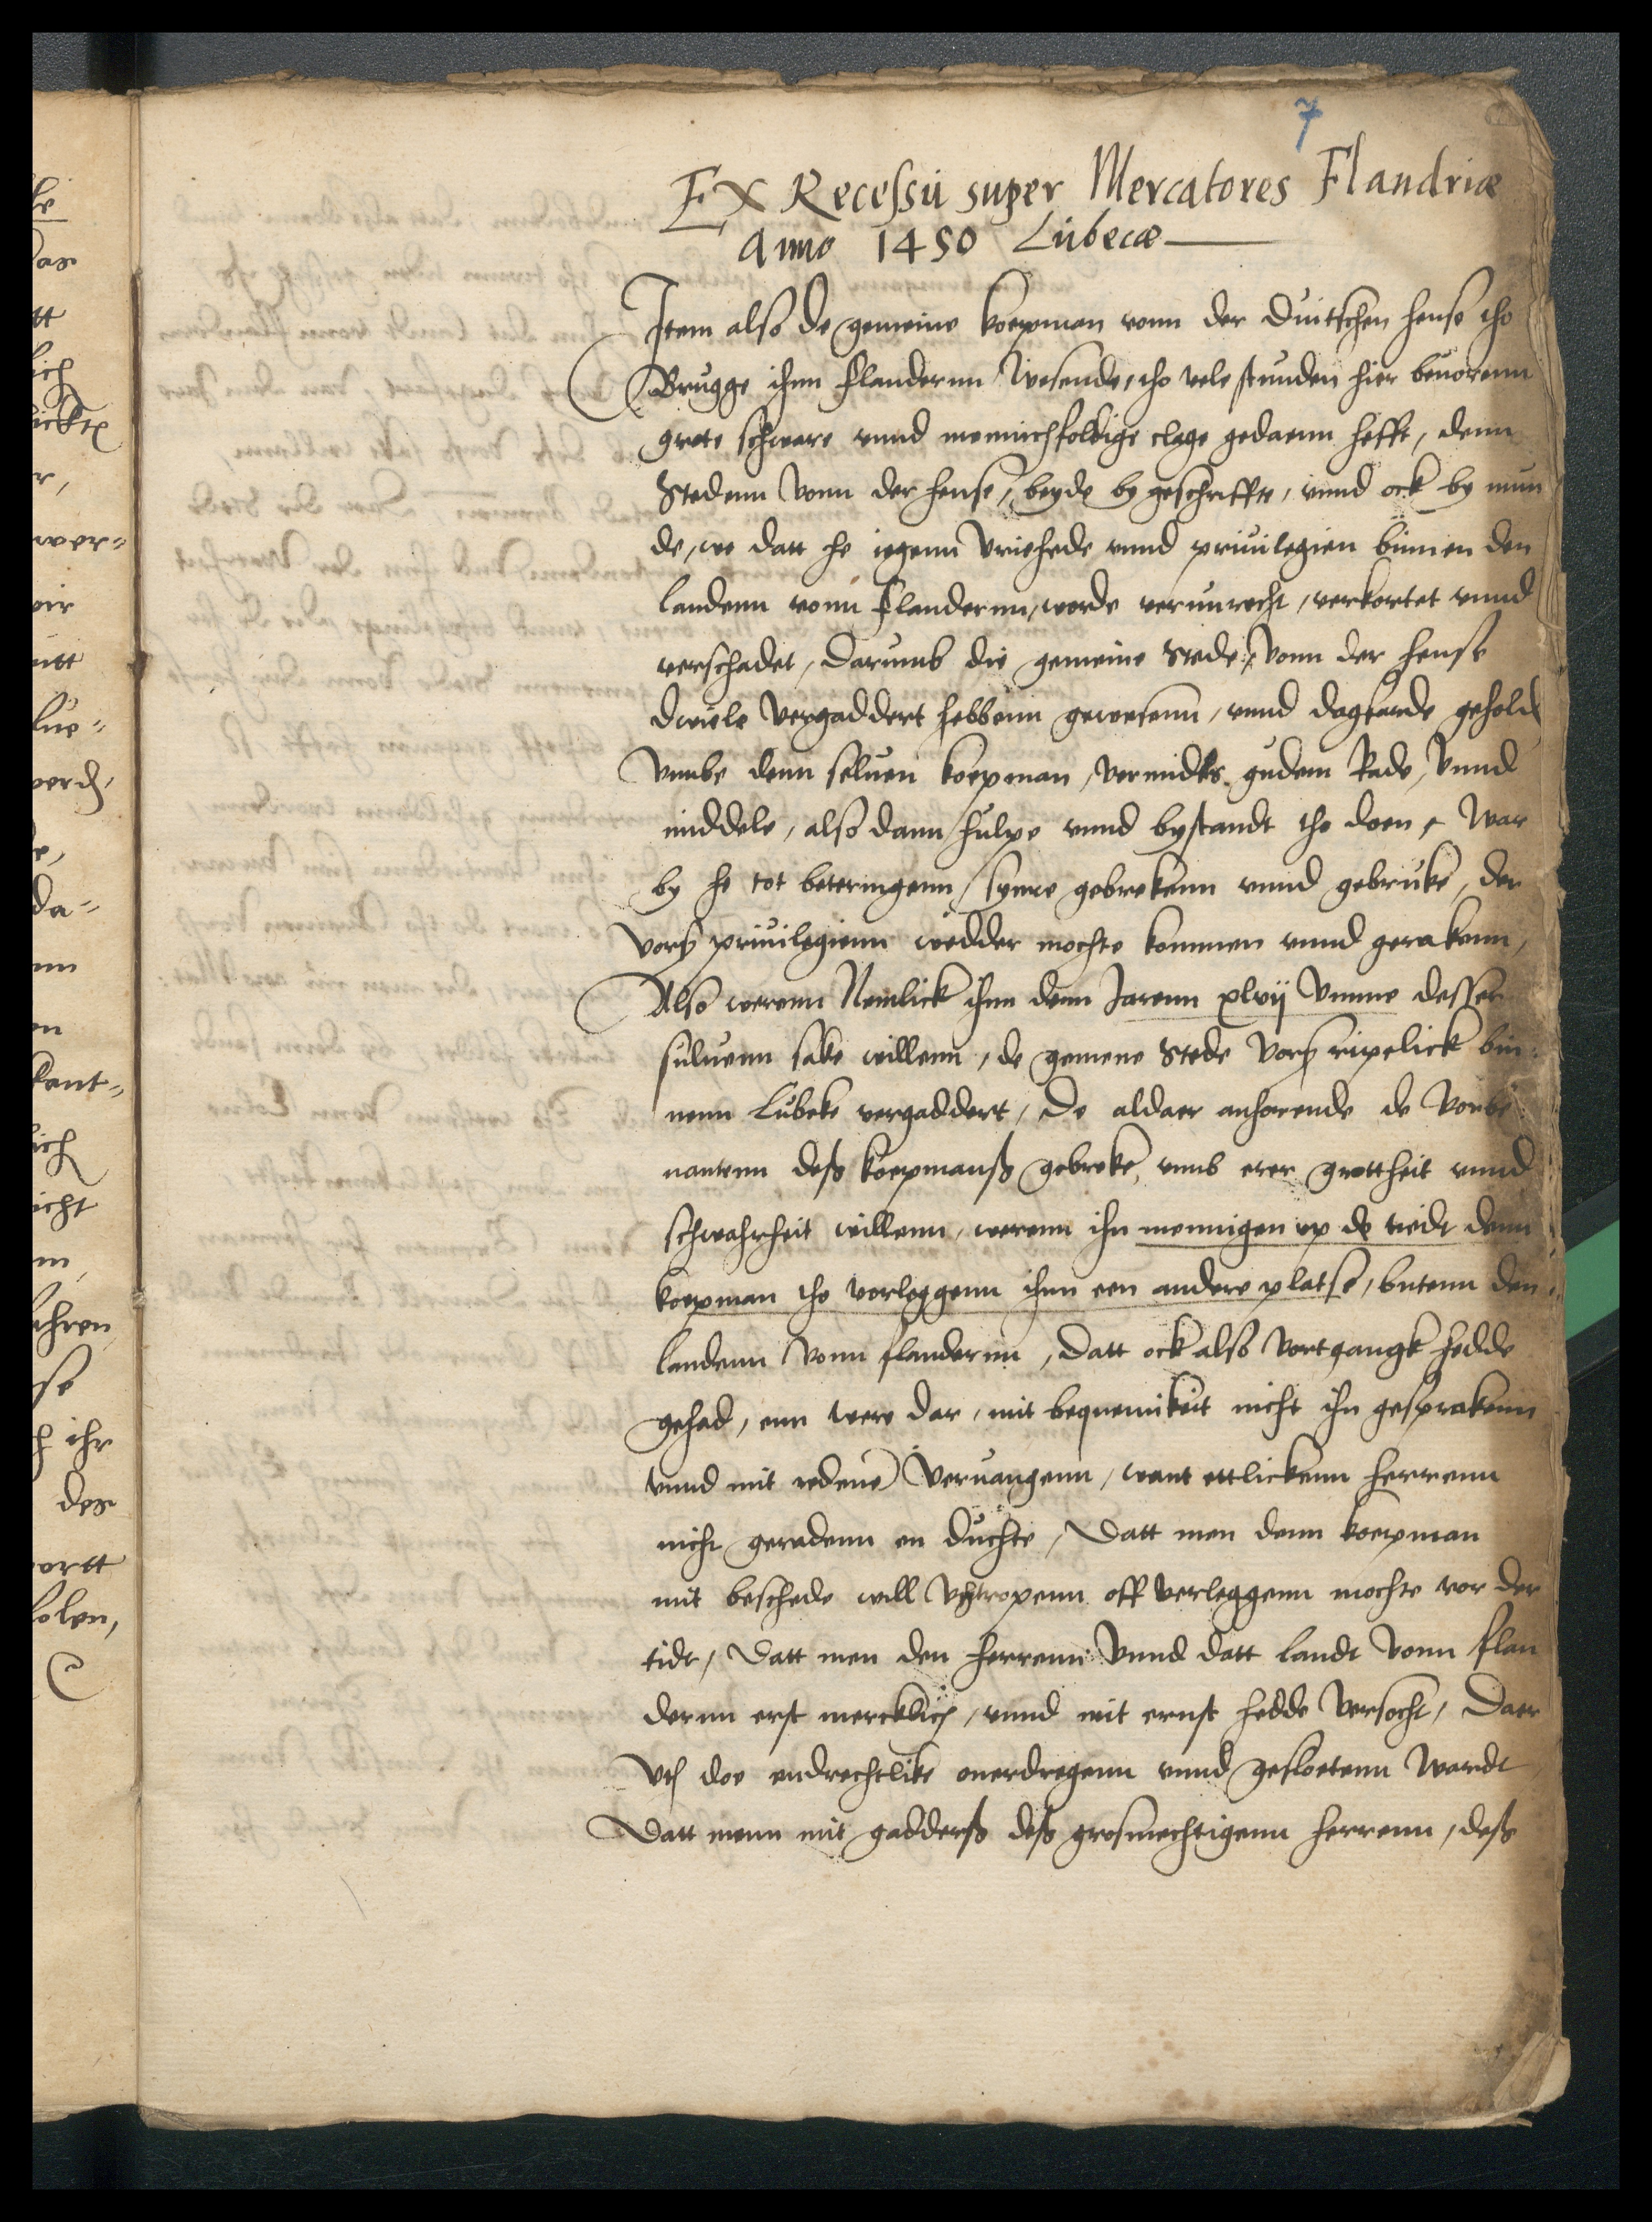
Ex Recessu super Mercatores Flandriae
Anno 1450 Lubecae
Jtem also de gemeine koepman van der duitschen hense tho
Brugge ihnn Flandernn wesende, tho vele stunden hier beuorenn
grote schware vnnd mennichfoldige clage gedaenn hefft, denn
Stedenn vonn der hense, beyde by geschriffte, vnnd ock by mun¬
de, wo datt he iegenn Vriehede vnnd priuilegien binnen den
landenn vonn Flandernn, worde verunrecht, verkortet vnnd
verschadet, Darumb die gemeine Stede, vonn der hense
dwiele vergaddert hebben gewesenn, vnnd dagfarde geholden
vmbe denn seluen koepman, vermidts gudem Rade, vnnd
middele, also dann hulpe vnnd bystandt tho doen, war
by he tot beteringenn, synre gebrekenn vnnd gebruke, der
vorscreuen priuilegienn wedder mochte kommen vnnd gerakenn,
Also werenn Nemlick ihnn denn Jarenn xlvij vmme dessen
suluenn sake willenn, de gemene Stede vorscreuen ripelick bin¬
nenn Lubeke vorgaddert, De aldaer anhorende de vorbe¬
nanten deß koepmanß gebroke, vmb erer grottheit vnnd
schwahrheit willenn, werenn ihn mennigen vp de tiedt denn
koepman tho vorleggenn ihnn een andere platse, butenn den
landenn vonn Flandernn, datt ock also vortgangk hedde
gehad, enn were dar, mit bequemikeit nicht ihn gesprakenn
vnnd mit redenen veruangenn, want ettlikenn herrenn
nicht geradenn en duchte, datt men denn koepman
mit beschede will vthropenn off verleggenn mochte vor der
tidt, dat men den herrenn vnnd datt landt vonn Flan¬
dernn erst mercklich, vnnd mit ernst hedde versocht, daer
vth doe endrechtlike ouerdragenn vnnd geslotenn wardt
datt menn mit gadderß deß grosmechtigenn herrenn, deß